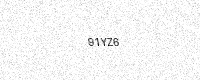
Text: 91YZ6